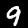
Label: 9